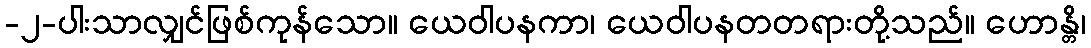
-၂-ပါးသာလျှင်ဖြစ်ကုန်သော။ ယေဝါပနကာ၊ ယေဝါပနတတရားတို့သည်။ ဟောန္တိ၊